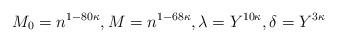
LaTeX: \begin{align*} M_0 = n^{1-80\kappa}, M = n^{1-68\kappa}, \lambda = Y^{10\kappa},\delta = Y^{3\kappa}\end{align*}